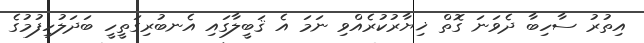
އިތުރު ސާހިބާ ދެވަނަ ގޮތް ޚިޔާރުކުރެއްވި ނަމަ އެ ޤަބީލާގައި އެނބުރިގަތީހީ ބަދަލުހިފުމުގެ